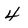
Character: 4